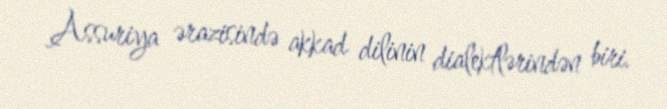
Assuriya ərazisində akkad dilinin dialektlərindən biri.